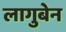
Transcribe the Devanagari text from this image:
लागुबेन